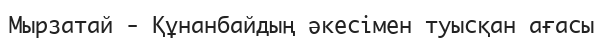
Мырзатай - Құнанбайдың әкесімен туысқан ағасы